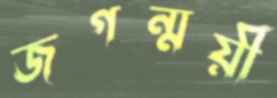
জগন্ময়ী